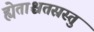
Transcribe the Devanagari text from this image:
ह्येताश्चतस्रस्तु